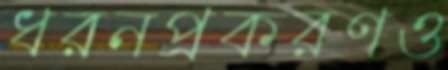
ধরনপ্রকরণও